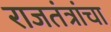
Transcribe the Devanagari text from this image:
राजतंत्रांचा